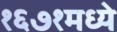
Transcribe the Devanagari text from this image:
१६७१मध्ये